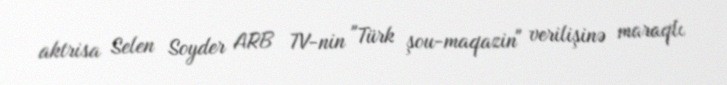
aktrisa Selen Soyder ARB TV-nin "Türk şou-maqazin" verilişinə maraqlı